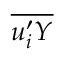
\overline { { u _ { i } ^ { \prime } Y } }